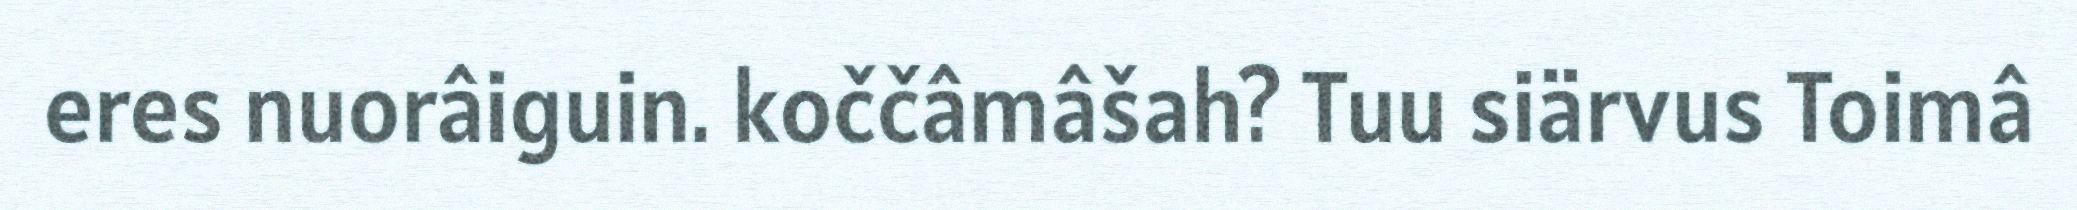
eres nuorâiguin. koččâmâšah? Tuu siärvus Toimâ